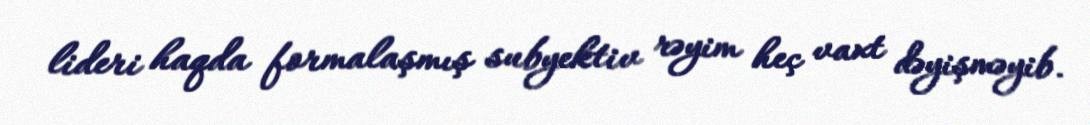
lideri haqda formalaşmış subyektiv rəyim heç vaxt dəyişməyib.